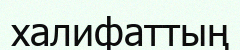
халифаттың